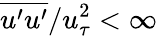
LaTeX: \overline{{u^{\prime}u^{\prime}}}/u_{\tau}^{2}<\infty